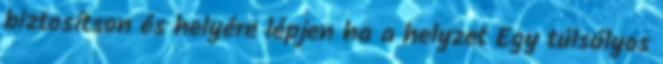
biztosítson és helyére lépjen ha a helyzet Egy túlsúlyos